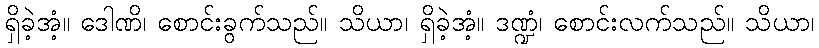
ရှိခဲ့အံ့။ ဒေါဏိ၊ စောင်းခွက်သည်။ သိယာ၊ ရှိခဲ့အံ့။ ဒဏ္ဍံ၊ စောင်းလက်သည်။ သိယာ၊